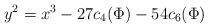
LaTeX: \begin{align*}y^2=x^3-27c_4(\Phi)-54 c_6 (\Phi)\end{align*}